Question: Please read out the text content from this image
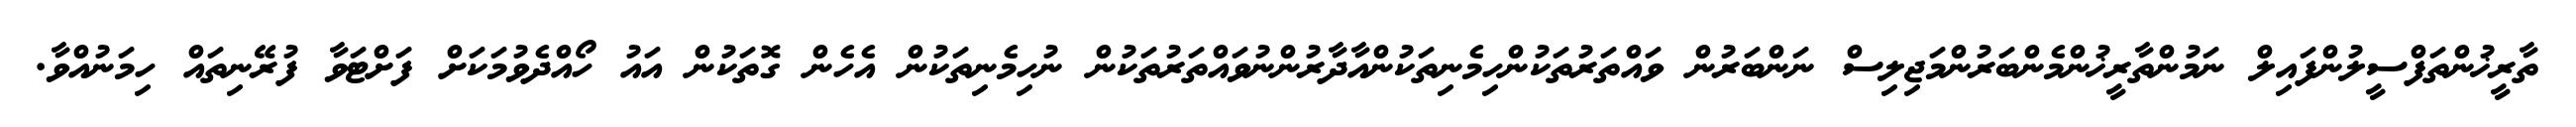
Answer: ތާރީޚުންތަފްސީލުންފައިލް ނަމުންތާރީޚުންމެންބަރުންމަޖިލިސް ނަންބަރުން ވައްތަރުތަކުންހިމެނިތަކުންއާދާރުންނުވައްތަރުތަކުން ނުހިމެނިތަކުން އެހެން ގޮތަކުން އައު ހޯއްދެވުމަކަށް ފަށްޓަވާ ފުރޭނިތައް ހިމަނުއްވާ.